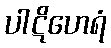
ပါဋိဟေရံ